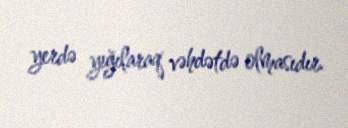
yerdə yığılaraq vəhdətdə olmasıdır.